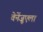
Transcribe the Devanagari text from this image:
वेनेंज़ुएला